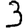
Digit: 3